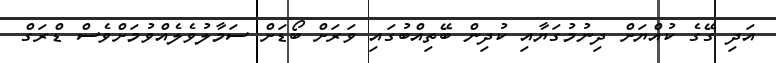
އަދި ގޭގެ ކުއްޔަށް ދިނުމުގަޔާއި ކުދިން ބޭތިއްބުގައި ވަރަށް ބޯޑަށް ސަމާލުވެލެއްވުމަށްވެސް ޑްރަގް